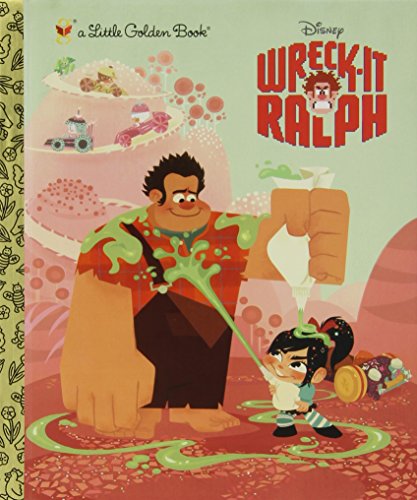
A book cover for Wreck-It Ralph Little Golden Book (Disney Wreck-it Ralph); Children's Books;